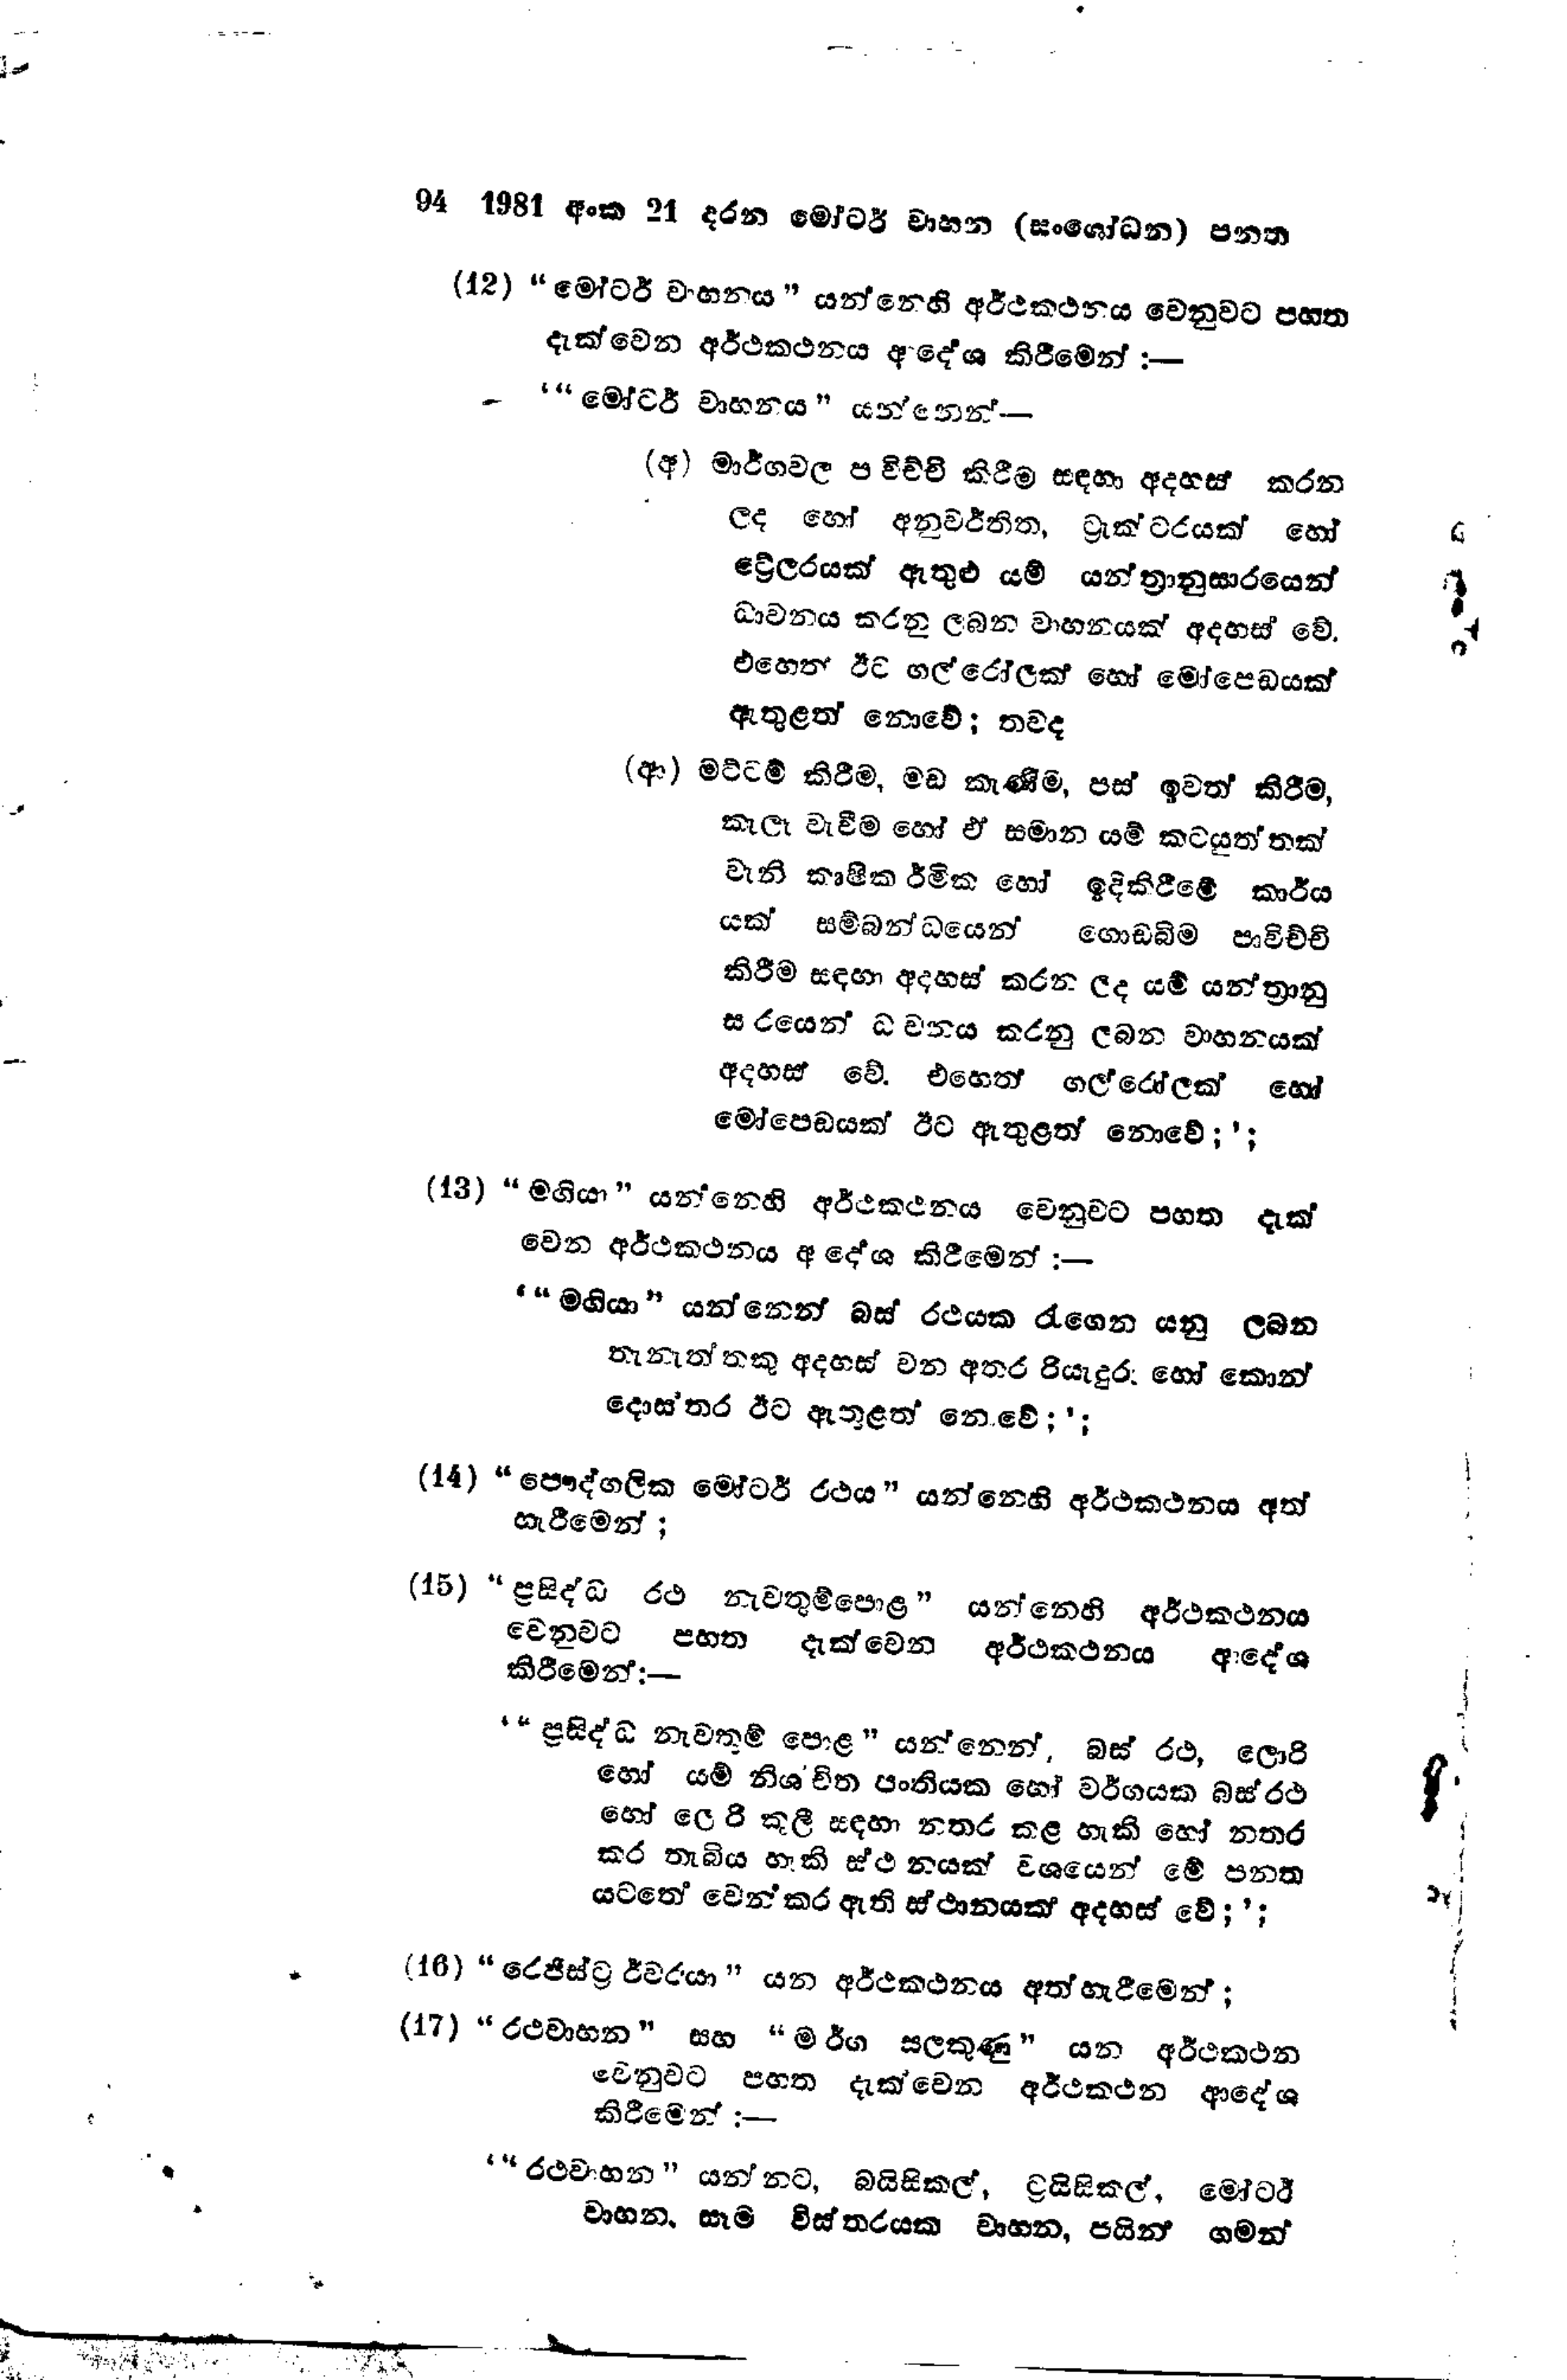
94 1981 අංක 21 දරන මෝටර් වාහන (සංශෝධන) පනත

(12) "මෝටර් වාහනය " යන්නෙහි අර්ථකථනය වෙනුවට පහත
දැක්වෙන අර්ථකථනය ආදේශ කිරීමෙන් :-

' "මෝටර් වාහනය" යන්නෙන් -

(අ) මාර්ගවල පාවිච්චි කිරීම සඳහා අදහස් කරන
ලද හෝ අනුවර්තිත, ට්‍රැක්ටරයක් හෝ
ට්‍රේලරයක් ඇතුළු යම් යන්ත්‍රානුසාරයෙන්
ධාවනය කරනු ලබන වාහනයක් අදහස් වේ.
එහෙත් ඊට ගල් රෝලක් හෝ මෝපෙඩයක්
ඇතුළත් නොවේ ; තවද

(ආ) මට්ටම් කිරීම, මඩ කැණීම, පස් ඉවත් කිරීම,
කැලෑ වැවීම හෝ ඒ සමාන යම් කටයුත්තක්
වැනි කෘෂිකර්මික හෝ ඉදිකිරීමේ කාර්ය
යක් සම්බන්ධයෙන් ගොඩබිම පාවිච්චි
කිරීම සඳහා අදහස් කරන ලද යම් යන්ත්‍රානු
සාරයෙන් ධාවනය කරනු ලබන වාහනයක්
අදහස වේ.එහෙත් ගල් රෝලක් හෝ
මෝපෙඩයක් ඊට ඇතුළත් නොවේ ;';

(13) "මගියා " යන්නෙහි අර්ථකථනය වෙනුවට පහත දැක්
වෙන අර්ථකථනය ආදේශ කිරීමෙන් :-

'"මගියා " යන්නෙන් බස් රථයක රැගෙන යනු ලබන
තැනැත්තකු අදහස් වන අතර රියැදුර හෝ කොන්
දොසතර ඊට ඇතුළත් නෙවේ ;';

(14) "පෞද්ගලික මෝටර් රථය " යන්නෙහි අර්ථකථනය අත්
හැරීමෙන්;

(15) "ප්‍රසිද්ධ රථ නැවතුම්පොළ " යන්නෙහි අර්ථකථනය
වෙනුවට පහත දැක්වෙන අර්ථකථනය ආදේශ
කිරීමෙන් :-

"ප්‍රසිද්ධ නැවතුම් පොළ " යන්නෙන්, බස් රථ, ලොරි
හෝ යම් නිශ්චිත පංතියක හෝ වර්ගයක බස් රථ
හෝ ලොරි කුලී සඳහා නතර කළ හැකි හෝ නතර
කර තැබිය හැකි ස්ථානයක් වශයෙන් මේ පනත
යටතේ වෙන් කර ඇති ස්ථානයක් අදහස් වේ;';

(16) "රෙජිස්ට්‍රර්වරයා" යන අර්ථකථනය අත් හැරීමෙන්;

(17) "රථවාහන" සහ "මාර්ග සලකුණු" යන අර්ථකථන
වෙනුවට පහත දැක්වෙන අර්ථකථන ආදේශ
කිරීමෙන් :-

' "රථවාහන " යන්නට, බයිසිකල්, ට්‍රයිසිකල්, මෝටර්
වාහන. සෑම විස්තරයක වාහන, පයින් ගමන්